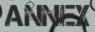
ANNEX